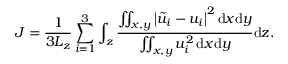
J = \frac { 1 } { 3 L _ { z } } \sum _ { i = 1 } ^ { 3 } { \int _ { z } \frac { \iint _ { x , y } { \left| \tilde { u } _ { i } - u _ { i } \right| } ^ { 2 } \, \mathrm { d } x \mathrm { d } y } { \iint _ { x , y } u _ { i } ^ { 2 } \, \mathrm { d } x \mathrm { d } y } \mathrm { d } z } .